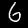
Label: 6